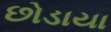
છોડાયા